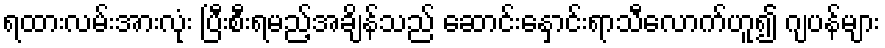
ရထားလမ်းအားလုံး ပြီးစီးရမည့်အချိန်သည် ဆောင်းနှောင်းရာသီလောက်ဟူ၍ ဂျပန်များ